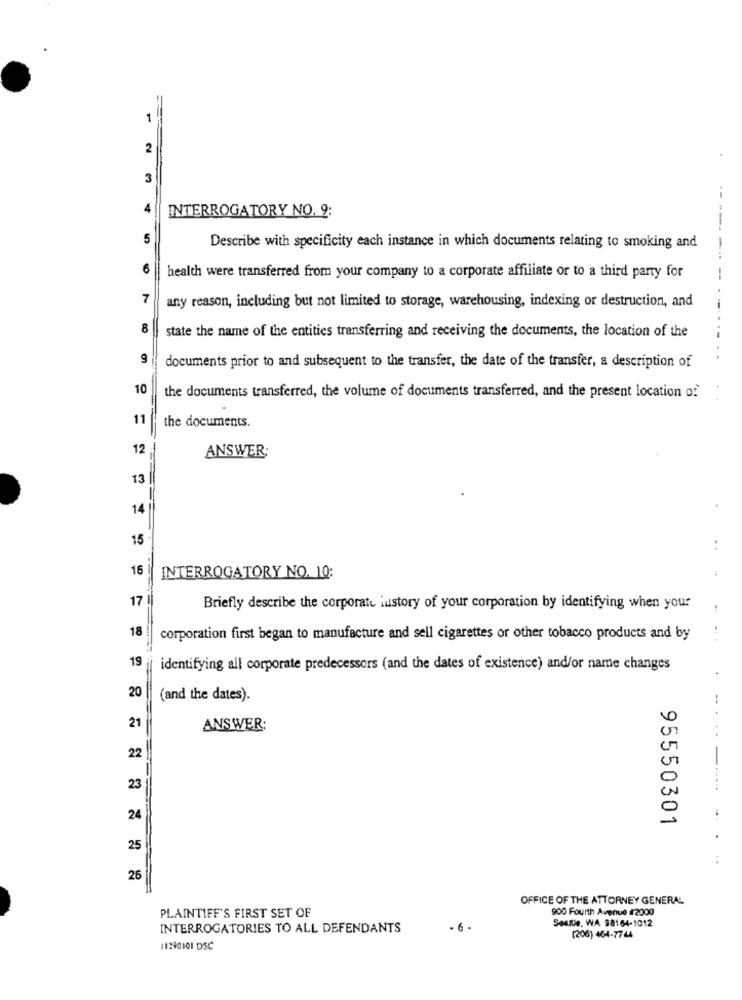
1
2
3
4
INTERROGATORY NO. 9:
---
5
Describe with specificity each instance in which documents relating to smoking and
6
health were transferred from your company to a corporate affiliate or to a third party for
7
any reason, including but not limited to storage, warehousing, indexing or destruction, and
-
8
state the name of the entities transferring and receiving the documents, the location of the
9
documents prior to and subsequent to the transfer, the date of the transfer, a description of
10
the documents transferred, the volume of documents transferred, and the present location of
11
the documents.
12
ANSWER:
13
14
15
..
16
INTERROGATORY NO. 10:
17
Briefly describe the corporate lustory of your corporation by identifying when your
18
corporation first began to manufacture and sell cigarettes or other tobacco products and by
19
identifying all corporate predecessors (and the dates of existence) and/or name changes
20
(and the dates).
...
21
ANSWER:
22
23
...
24
95550301
...
25
26
OFFICE OF THE ATTORNEY GENERAL
900 Fourth Avenue #2000
PLAINTIFF'S FIRST SET OF
INTERROGATORIES TO ALL DEFENDANTS
- 6 -
Sealle, WA 98164-1012
(206) 464-7744
11290101 DSC